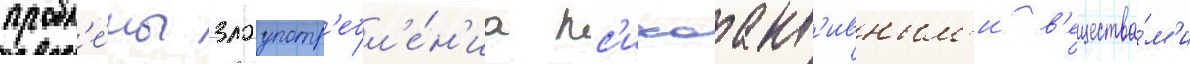
пробл'е́мы злоупотр'ебл'е́н'иа пс'ихоакт'ивным'и в'ещества́м'и